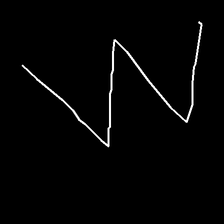
Glyph: crush